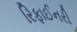
રિફાઈનરી